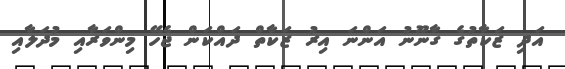
އަދި ޒަކާތުގެ ގާނޫނު އަންނަ އިރު ޒަކާތް ދައްކަން ޖެހޭ މިންވަރާއި މުދަލާއި